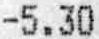
-5.30